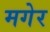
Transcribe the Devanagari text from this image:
मगेर